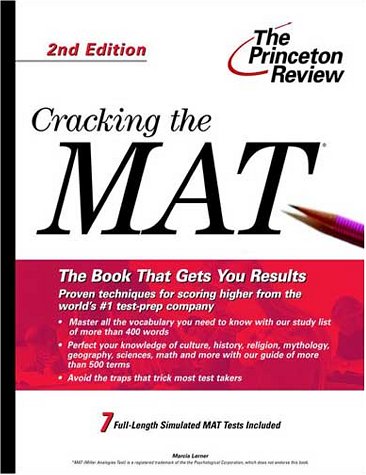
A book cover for Cracking the MAT, 2nd Edition (Princeton Review: Cracking the MAT); Princeton Review; Test Preparation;